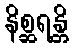
နိစ္ဆရန္တိ